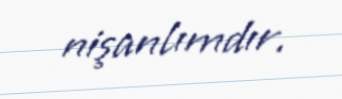
nişanlımdır.